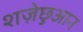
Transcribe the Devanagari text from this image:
शज़ेछुआन